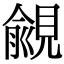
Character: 覦